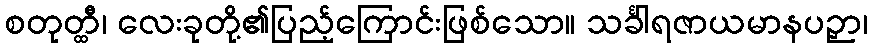
စတုတ္ထီ၊ လေးခုတို့၏ပြည့်ကြောင်းဖြစ်သော။ သင်္ခါရဇာယမာနပဉှာ၊